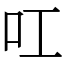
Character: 叿